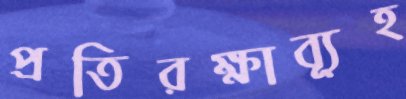
প্রতিরক্ষাব্যূহ